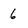
Character: 6